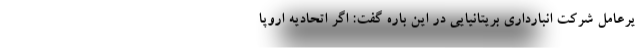
یرعامل شرکت انبارداری بریتانیایی در این باره گفت: اگر اتحادیه اروپا